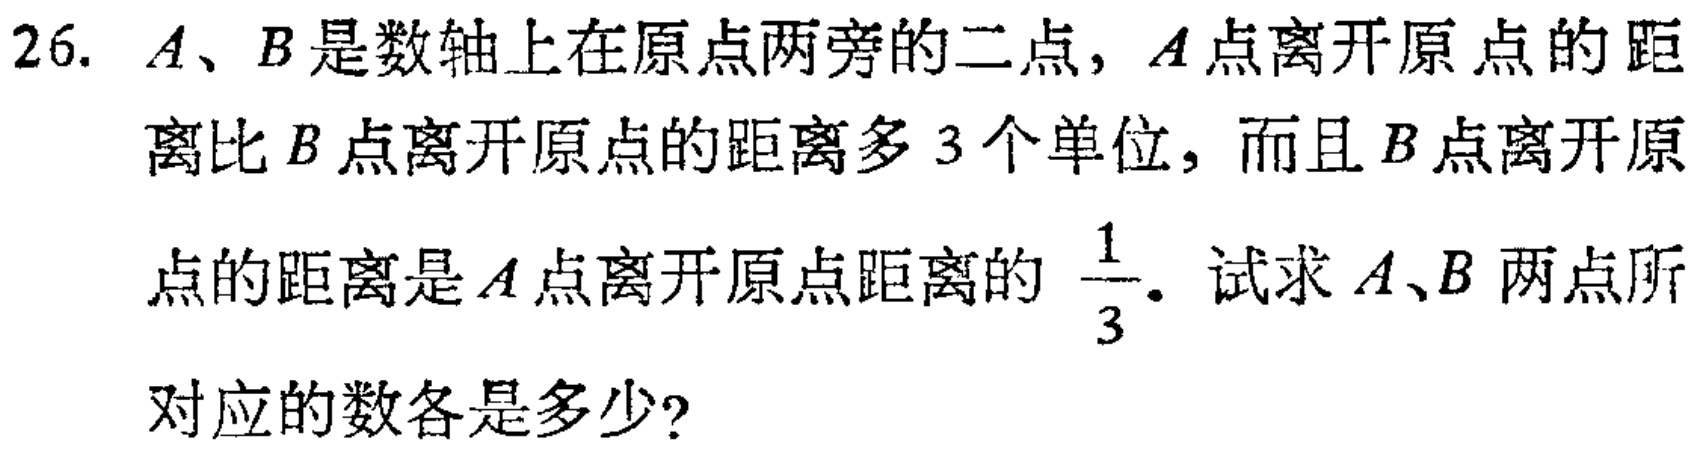
26. \(A、B\)是数轴上在原点两旁的二点，\(A\)点离开原点的距离比\(B\)点离开原点的距离多\(3\)个单位，而且\(B\)点离开原点的距离是\(A\)点离开原点距离的\(\frac{1}{3}\)。试求\(A、B\)两点所对应的数各是多少？